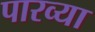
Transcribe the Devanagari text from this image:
पारव्या